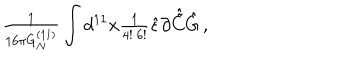
{ \textstyle \frac { 1 } { 1 6 \pi G _ { N } ^ { ( 1 1 ) } } } \int d ^ { 1 1 } x { \textstyle \frac { 1 } { 4 ! \cdot 6 ! } } \hat { \epsilon } \partial \hat { \tilde { C } } \hat { G } \, ,